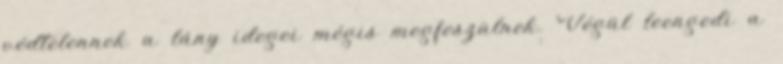
védtelennek a lány idegei mégis megfeszülnek. Végül leengedi a